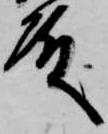
殿